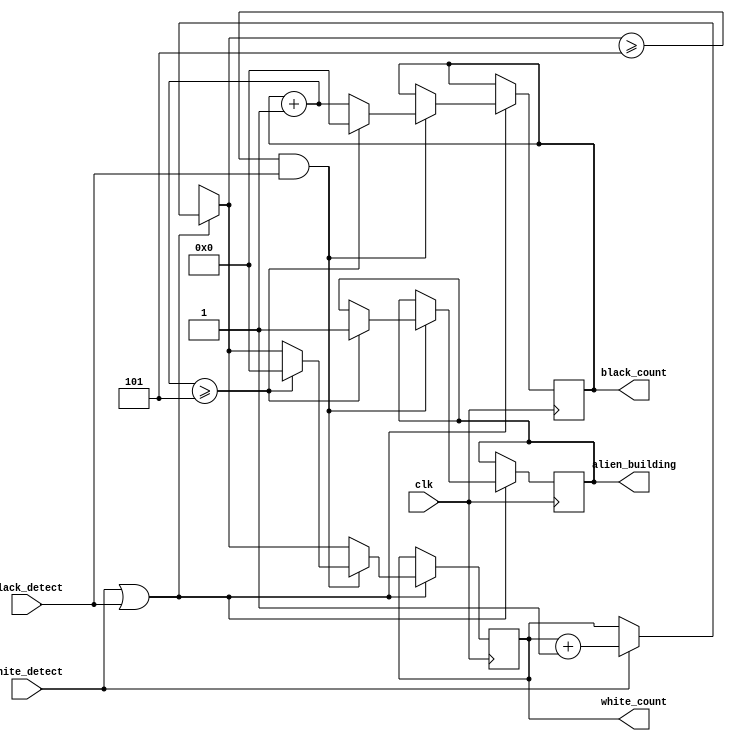
module building_identifier(
	clk,  
	white_detect,
	black_detect,
	alien_building,
	white_count,
	black_count
);
	
	input clk;   //clock
	input white_detect;
	input black_detect;//synchronous reset
	output alien_building;
	output [7:0] white_count; 
	output [7:0] black_count; //8-bit count value
	
	reg [7:0] white_count = 8'b0;
	reg [7:0] black_count = 8'b0;
	reg alien_building;

	
	always @ (posedge clk) begin
		if (white_detect || black_detect) begin
			if (white_detect) begin 
				white_count = white_count + 1;
			end
			if ((white_count >= 5) && (black_detect)) begin
				black_count = black_count + 1;
				if (black_count >= 5) begin
					alien_building = 1;
					black_count = 0;
					white_count = 0;
				end
			end
		end
	end	
			
	endmodule